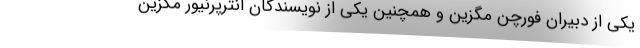
یکی از دبیران فورچن مگزین و همچنین یکی از نویسندگان انترپرنیور مگزین